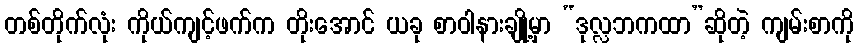
တစ်တိုက်လုံး ကိုယ်ကျင့်ဖက်က တိုးအောင် ယခု စာဝါနားချို့မှာ “ဒုလ္လဘကထာ”ဆိုတဲ့ ကျမ်းစာကို